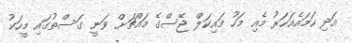
އަދި ހަަމައެއަހަރު މެއި މަހު މައިކަލް ޖޭސްގެ މައްޗަށް ވަނީ ގަސްތުގައި މީހަކު